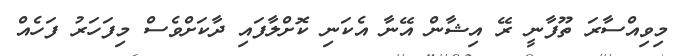
މިވިއްސާރަ ތޫފާނީ ރޭ އިޝާން އޭނާ އެކަނި ކޮށްލާފައި ދާކަށްވެސް މިފަހަރު ފަހެއް